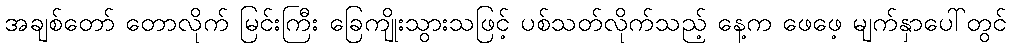
အချစ်တော် တောလိုက် မြင်းကြီး ခြေကျိုးသွားသဖြင့် ပစ်သတ်လိုက်သည့် နေ့က ဖေဖေ့ မျက်နှာပေါ်တွင်